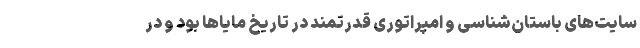
سایت‌های باستان‌شناسی و امپراتوری قدرتمند در تاریخ مایاها بود و در